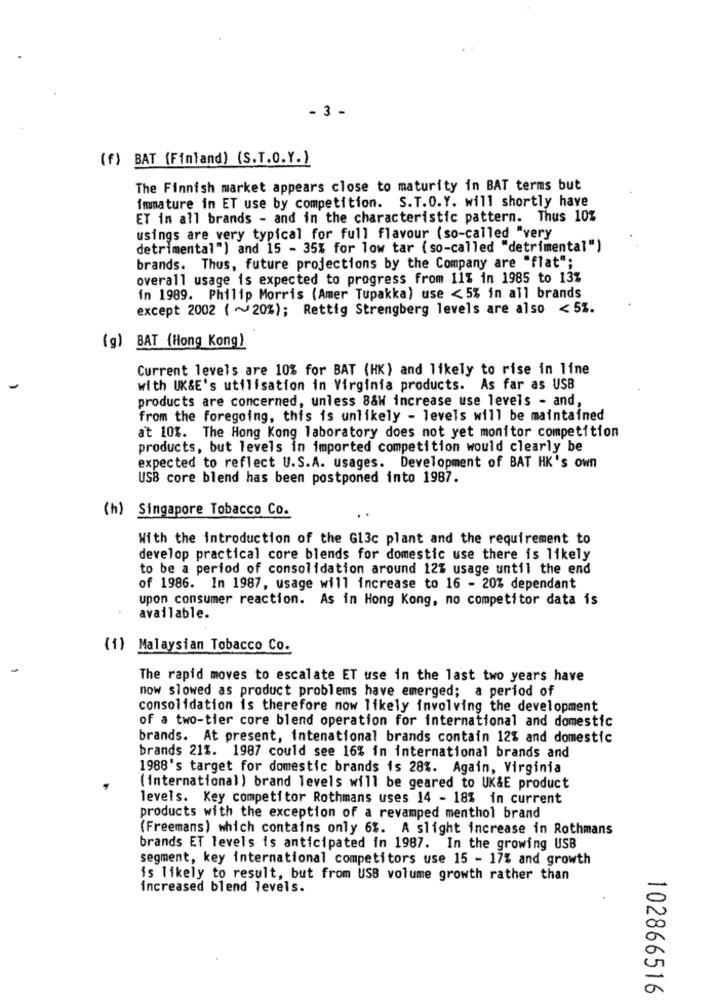
- 3 -
(f) BAT (Finland) (S.T.O.Y.)
The Finnish market appears close to maturity in BAT terms but
immature in ET use by competition. S.T.O.Y. will shortly have
ET in all brands - and in the characteristic pattern. Thus 10%
usings are very typical for full flavour (so-called "very
detrimental") and 15 - 35% for low tar (so-called "detrimental")
brands. Thus, future projections by the Company are "flat";
overall usage is expected to progress from 11% in 1985 to 13%
in 1989. Philip Morris (Amer Tupakka) use < 5% in all brands
except 2002 ( ~20%); Rettig Strengberg levels are also < 5%.
(g) BAT (Hong Kong)
Current levels are 10% for BAT (HK) and likely to rise in line
with UK&E's utilisation in Virginia products. As far as USB
products are concerned, unless 8&W increase use levels - and,
from the foregoing, this is unlikely - levels will be maintained
at 10%. The Hong Kong laboratory does not yet monitor competition
products, but levels in imported competition would clearly be
expected to reflect U.S.A. usages. Development of BAT HK's own
USB core blend has been postponed into 1987.
(h) Singapore Tobacco Co.
With the introduction of the G13c plant and the requirement to
develop practical core blends for domestic use there is likely
to be a period of consolidation around 12% usage until the end
of 1986. In 1987, usage will increase to 16 - 20% dependant
upon consumer reaction. As in Hong Kong, no competitor data is
available.
(1) Malaysian Tobacco Co.
The rapid moves to escalate ET use in the last two years have
now slowed as product problems have emerged; a period of
consolidation is therefore now likely involving the development
of a two-tier core blend operation for international and domestic
brands. At present, intenational brands contain 12% and domestic
brands 21%. 1987 could see 16% in international brands and
1988's target for domestic brands is 28%. Again, Virginia
(international) brand levels will be geared to UK&E product
levels. Key competitor Rothmans uses 14 - 18% in current
products with the exception of a revamped menthol brand
(Freemans) which contains only 6%. A slight increase in Rothmans
brands ET levels is anticipated in 1987. In the growing USB
segment, key international competitors use 15 - 17% and growth
is likely to result, but from USB volume growth rather than
increased blend levels.
102866516